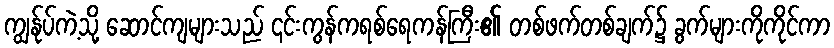
ကျွန်ုပ်ကဲ့သို့ ဆောင်ကျများသည် ၎င်းကွန်ကရစ်ရေကန်ကြီး၏ တစ်ဖက်တစ်ချက်၌ ခွက်များကိုကိုင်ကာ